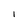
Character: l